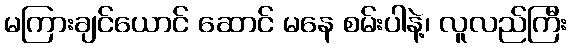
မကြားချင်ယောင် ဆောင် မနေ စမ်းပါနဲ့၊ လူလည်ကြီး